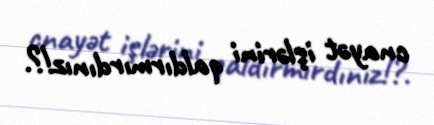
cnayət işlərini qaldırmırdınız!?.